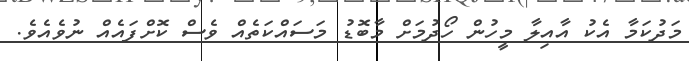
މަދުކަމާ އެކު އާއިލާ މީހުން ހޯދުމަށް މާބޮޑު މަސައްކަތެއް ވެސް ކޮށްފައެއް ނުވެއެވެ.